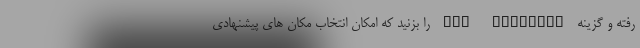
رفته و گزینه Add location را بزنید که امکان انتخاب مکان های پیشنهادی